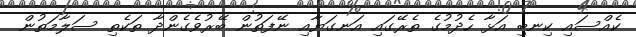
ކެއްސައި ކިނބި އަޅާ ހެދުމުގެ ތެރޭގައި އަނގަޔާއި ނޭފަތުން ބޭރުވެގެންދާ ތަކެތި ސަލާމަތުން